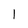
Character: 1